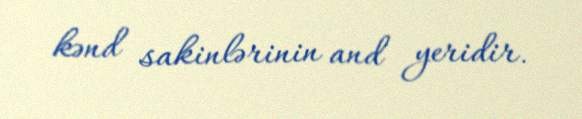
kənd sakinlərinin and yeridir.